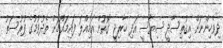
ދިވެހިންނަށް އިގުތިސާދީ ސިޔާސީ އަދި ހާރިޖީ ގޮތުން އަމިއްލަ ފައިމައްްްޗަށް ތެދުވުމުގެ ފުރުސަތު